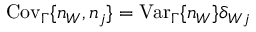
\mathrm { C o v } _ { \Gamma } \{ n _ { W } , n _ { j } \} = \mathrm { V a r } _ { \Gamma } \{ n _ { W } \} \delta _ { W j }